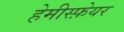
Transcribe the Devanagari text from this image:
हेमीस्फ़ेयर